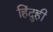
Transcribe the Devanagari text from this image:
हिंदुही